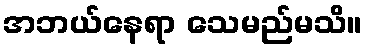
အဘယ်နေရာ သေမည်မသိ။